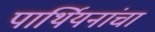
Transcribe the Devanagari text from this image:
पार्थियनांचा